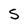
Character: S